65_HS1-834228961_62-HQ-83894_Section_4
Agency: FBI
Page 55
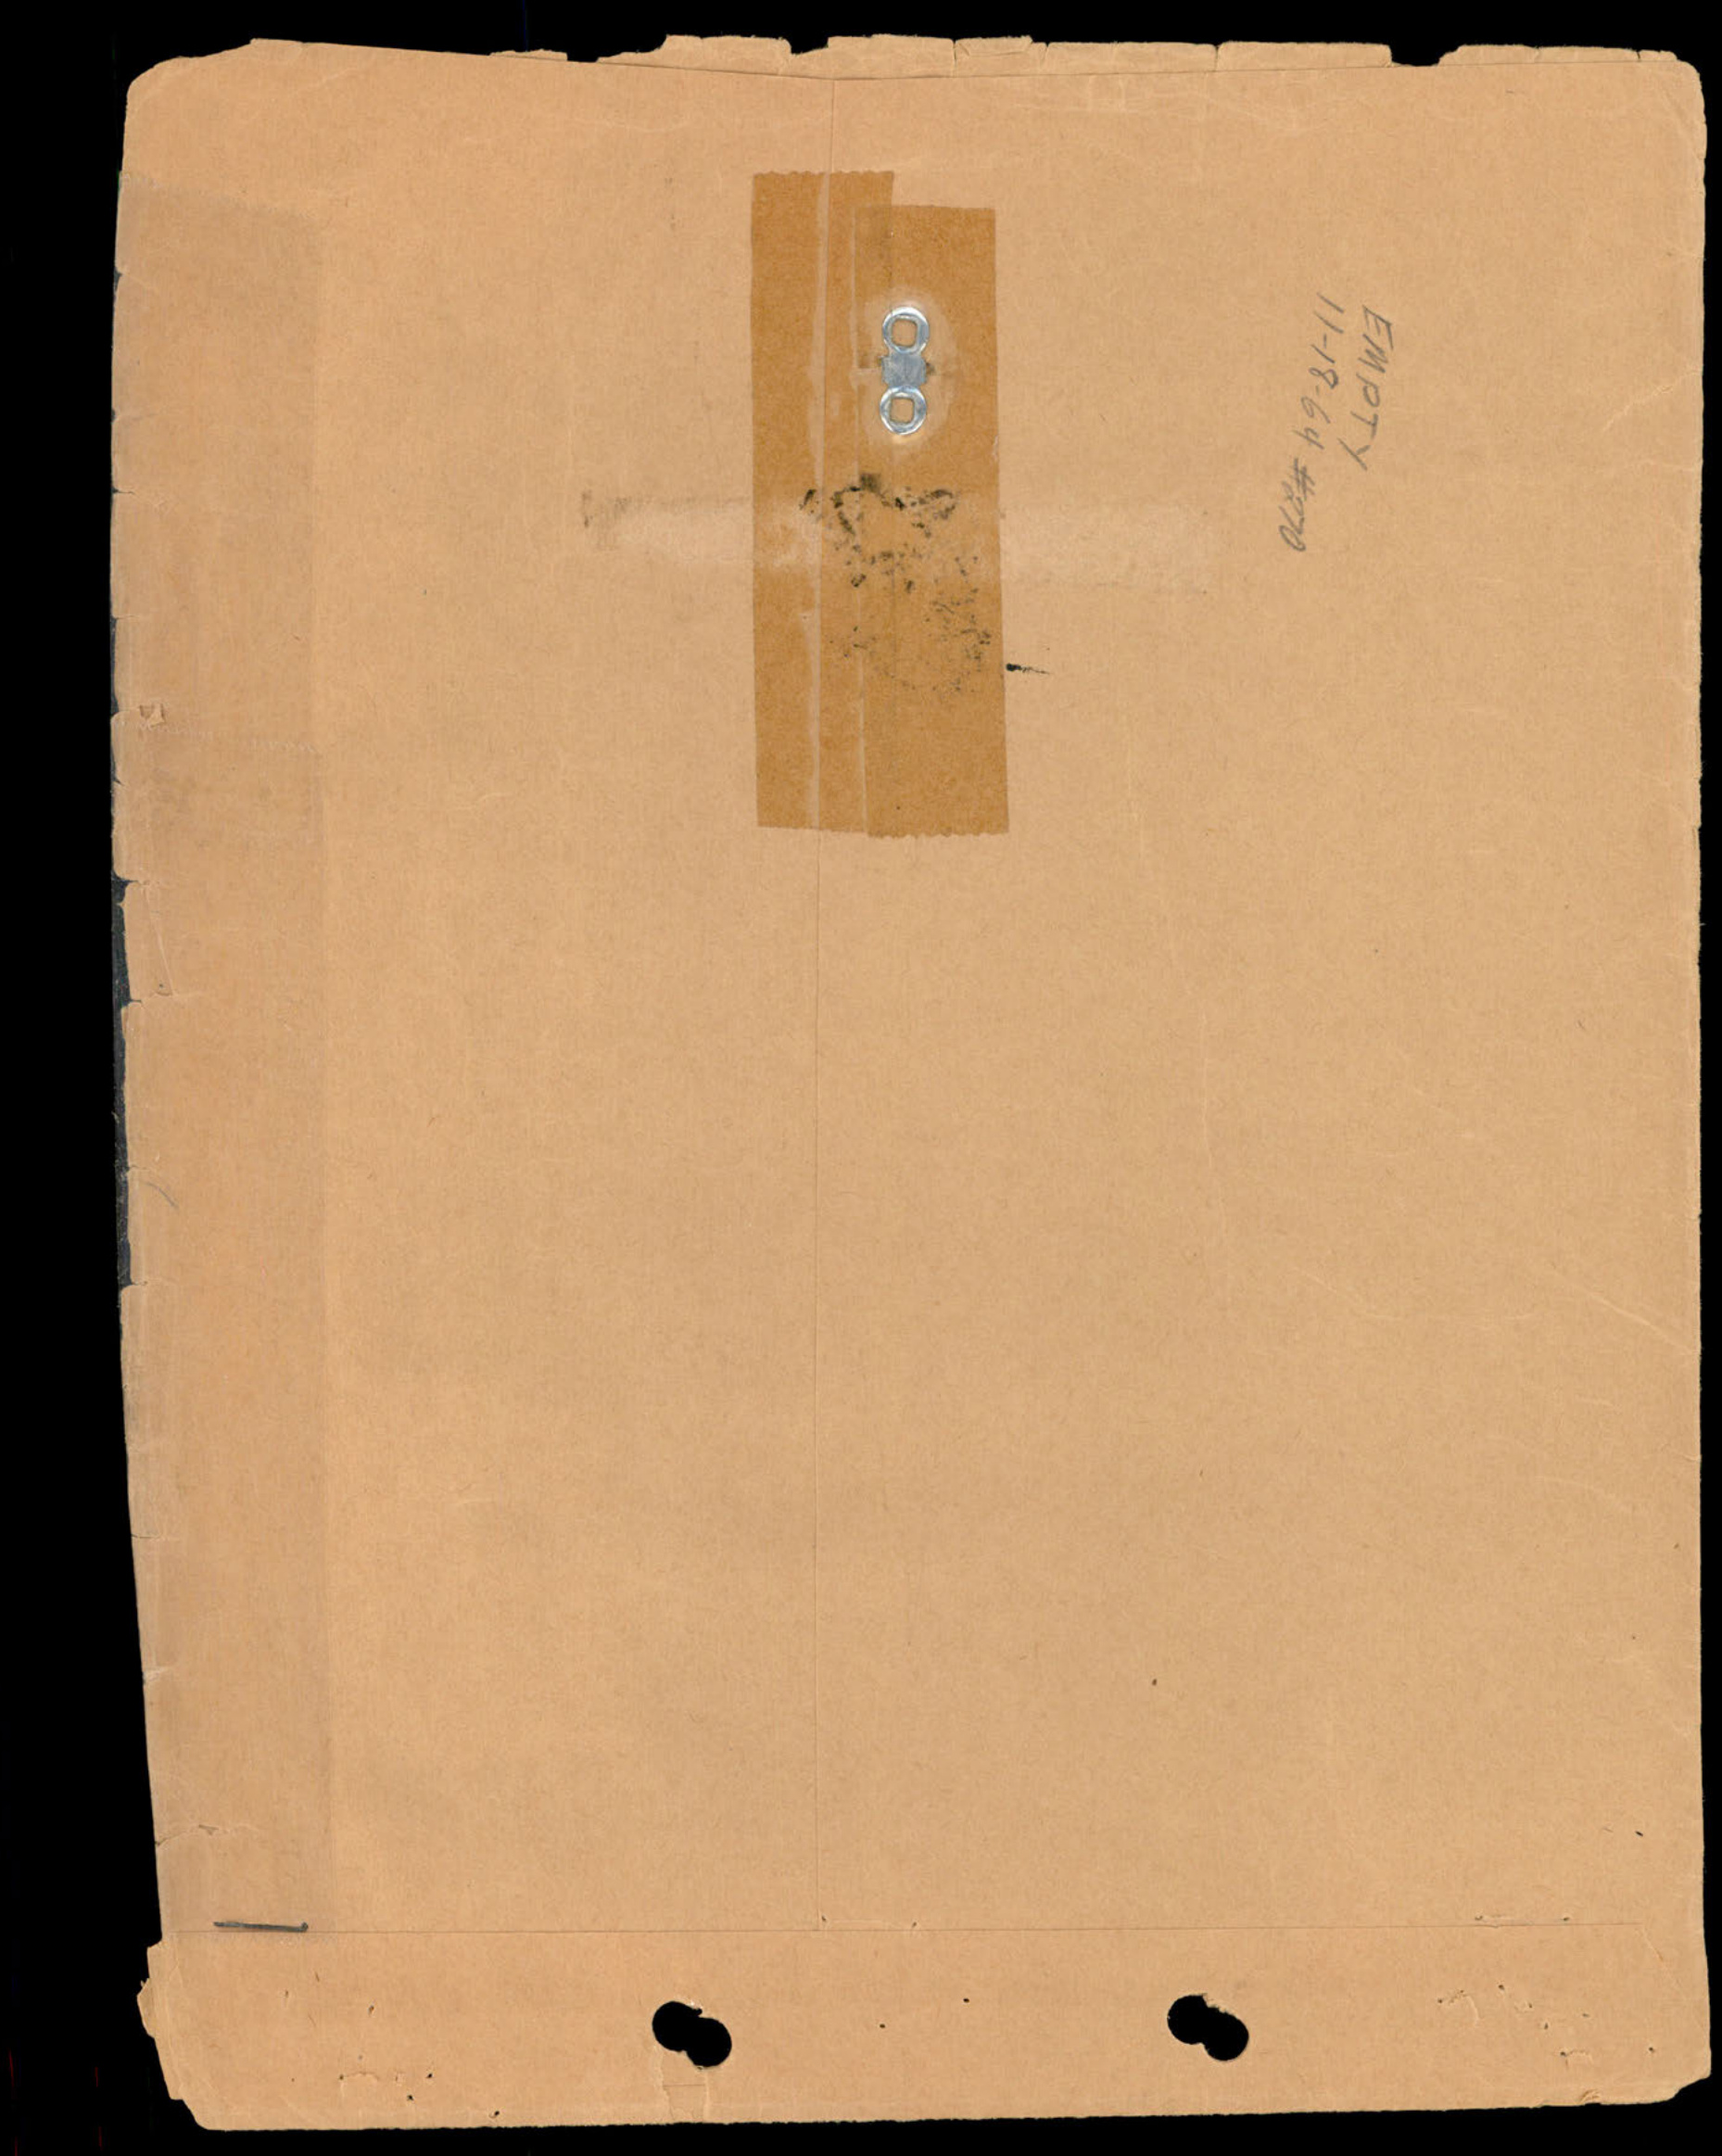